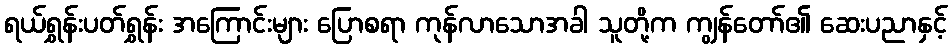
ရယ်ရွှန်းပတ်ရွှန်း အကြောင်းများ ပြောစရာ ကုန်လာသောအခါ သူတို့က ကျွန်တော်၏ ဆေးပညာနှင့်